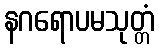
နဂရောပမသုတ္တံ